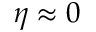
\eta \approx 0